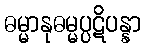
ဓမ္မာနုဓမ္မပ္ပဋိပန္နာ